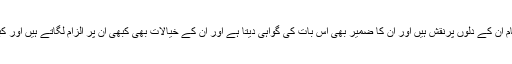
اِس طرح وہ یہ ظاہر کرتی ہیں کہ شریعت کے احکام اُن کے دِلوں پرنقش ہیں اور اُن کا ضمیر بھی اِس بات کی گواہی دیتا ہے اور اُن کے خیالات بھی کبھی اُن پر الزام لگاتے ہیں اور کبھی اُنہیں بَری ٹھہراتے ہیں‘‘ (رومیوں2:14، 15)۔